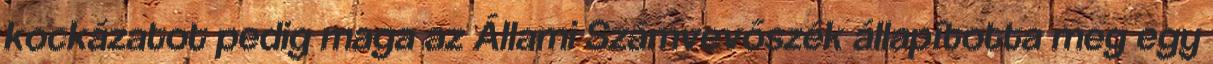
kockázatot pedig maga az Állami Számvevőszék állapította meg egy